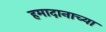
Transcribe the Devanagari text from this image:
हमादानाच्या